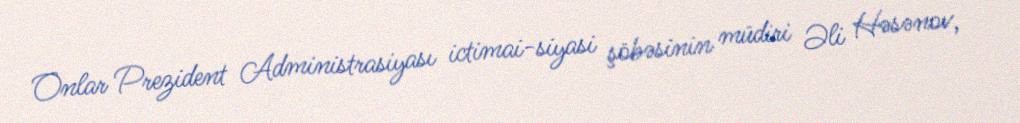
Onlar Prezident Administrasiyası ictimai-siyasi şöbəsinin müdiri Əli Həsənov,